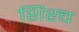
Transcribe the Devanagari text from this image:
शिरच